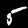
Digit: 5